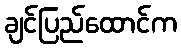
ချင်ပြည်ထောင်က